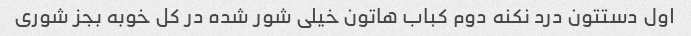
اول دستتون درد نکنه دوم کباب هاتون خیلی شور شده در کل خوبه بجز شوری